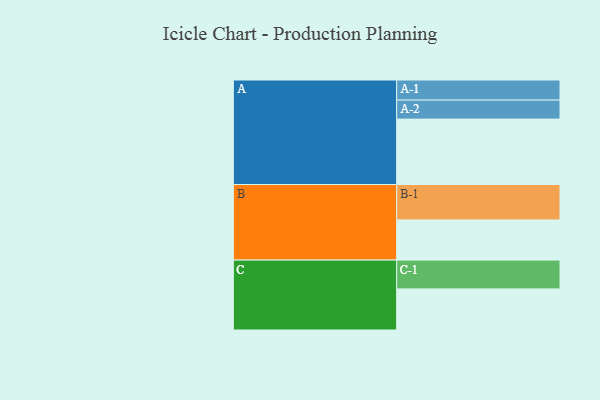
{"axis": {"x": "Segment", "y": "Value"}, "legend": ["", "A", "B", "C"], "data": [{"x": "A", "y": 495, "type": ""}, {"x": "B", "y": 304, "type": ""}, {"x": "C", "y": 311, "type": ""}, {"x": "A-1", "y": 152, "type": "A"}, {"x": "A-2", "y": 144, "type": "A"}, {"x": "B-1", "y": 268, "type": "B"}, {"x": "C-1", "y": 218, "type": "C"}]}